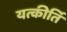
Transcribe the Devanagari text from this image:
यत्कीर्ति